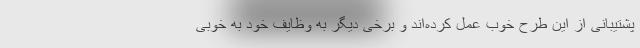
پشتیبانی از این طرح خوب عمل کرده‌اند و برخی دیگر به وظایف خود به خوبی